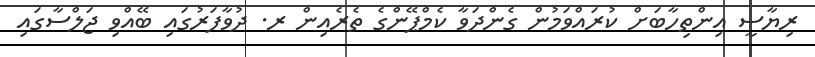
ރިޔާސީ އިންތިހާބަށް ކުރައްވަމުން ގެންދަވާ ކެމްޕޭންގެ ތެރެއިން ރ. ދުވާފަރުގައި ބޭއްވި ޖަލްސާގައި